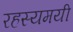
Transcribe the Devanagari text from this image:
रहस्‍यमयी